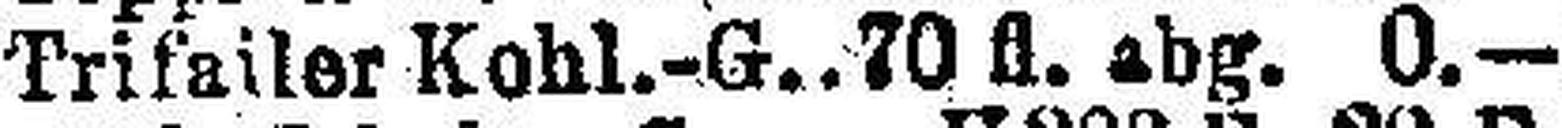
Trifailer Kohl.—G. 70 fl. abg. 0.—